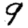
Digit: 9